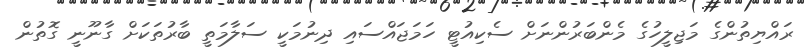
ރައްޔިތުންގެ މަޖިލީހުގެ މެންބަރުންނަށް ސެކިއުޓީ ހަމަޖައްސައި ދިނުމަކީ ސަލާމަތީ ބާރުތަކަށް ގާނޫނީ ގޮތުން